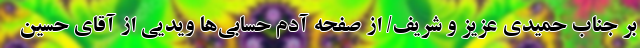
بر جناب حميدى عزيز و شريف/ از صفحه آدم حسابی‌ها ويديی از آقاى حسين